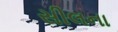
સીલના